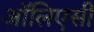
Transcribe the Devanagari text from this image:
ऑलिएसी